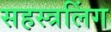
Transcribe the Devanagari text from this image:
सहस्त्रलिंग